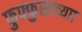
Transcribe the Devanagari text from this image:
फुफ्फुसाच्याा